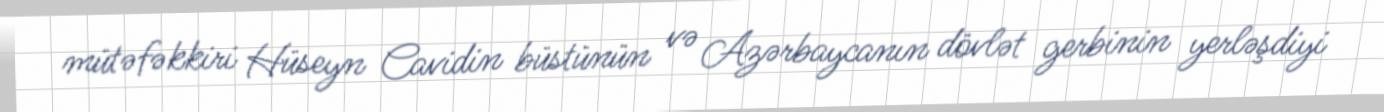
mütəfəkkiri Hüseyn Cavidin büstünün və Azərbaycanın dövlət gerbinin yerləşdiyi